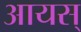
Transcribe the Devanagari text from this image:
आयस्